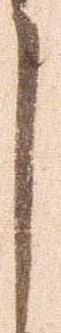
月